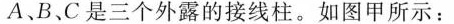
A B、C是三个外露的接线柱。如图甲所示：